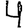
Digit: 4